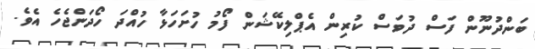
ބަންދުނޫން ފަސް ދުވަސް ކުރިން އެޕްލިކޭޝަން ފޯމު ހުށަހަޅާ ހުއްދަ ހޯދަންޖެހެ އެވެ.